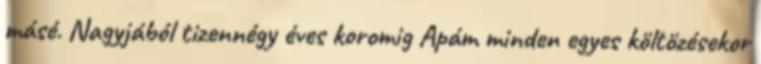
másé. Nagyjából tizennégy éves koromig Apám minden egyes költözésekor